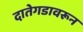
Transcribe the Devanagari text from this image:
दातेगडावरून